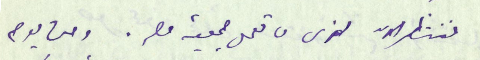
ننتظر الان لنرى ما تعمل جمعية مصر. ومن يوم